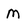
Character: M